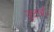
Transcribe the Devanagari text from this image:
जुटाईं।